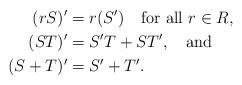
LaTeX: \begin{align*} (rS)' &= r(S') \mbox{\ \ \ for\ all\ } r\in R,\\ (ST)' &= S'T + ST',\mbox{\ \ \ and} \\ (S+T)' &= S' + T'.\end{align*}